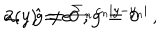
\mathbf { 2 . \, \, \, \, \hat { g } \neq 0 \, , g = 0 } \hspace { 3 . 5 c m } a ( y ) = e ^ { \sum _ { n } c _ { n } | y - y _ { n } | } \, , \hspace { 5 c m }